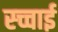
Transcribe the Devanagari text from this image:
स्च्चाई